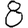
Digit: 8